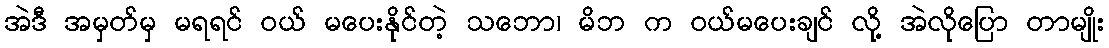
အဲဒီ အမှတ်မှ မရရင် ဝယ် မပေးနိုင်တဲ့ သဘော၊ မိဘ က ဝယ်မပေးချင် လို့ အဲလိုပြော တာမျိုး